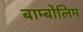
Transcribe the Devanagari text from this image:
बाम्बोलिम